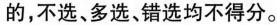
的，不选、多选、错选均不得分。